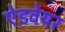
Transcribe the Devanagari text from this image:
ऐडवेयर